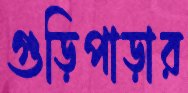
গুড়িপাড়ার